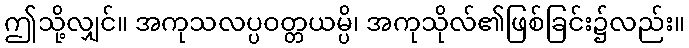
ဤသို့လျှင်။ အကုသလပ္ပဝတ္တယမ္ပိ၊ အကုသိုလ်၏ဖြစ်ခြင်း၌လည်း။